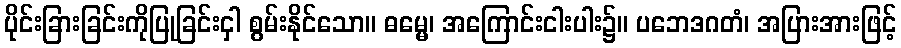
ပိုင်းခြားခြင်းကိုပြုခြင်းငှါ စွမ်းနိုင်သော။ ဓမ္မေ၊ အကြောင်းငါးပါး၌။ ပဘေဒဂတံ၊ အပြားအားဖြင့်